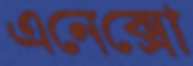
এনেক্সো